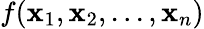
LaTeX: f(\mathbf{x}_{1},\mathbf{x}_{2},...,\mathbf{x}_{n})